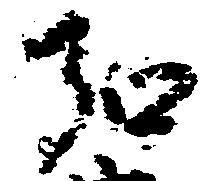
弘